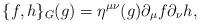
LaTeX: \begin{align*}\{ f,h\}_{G}(g)=\eta^{\mu\nu}(g)\partial_\mu f\partial_\nu h,\end{align*}